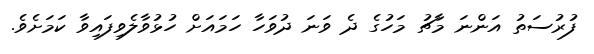
ފުރުސަތު އަންނަ މާޗު މަހުގެ ދެ ވަނަ ދުވަހާ ހަމައަށް ހުޅުވާލެވިފައިވާ ކަމަށެވެ.